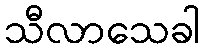
သီလာသေခါ